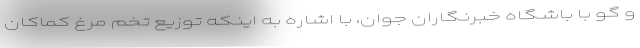
و گو با باشگاه خبرنگاران جوان، با اشاره به اینکه توزیع تخم مرغ کماکان